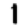
Digit: 1